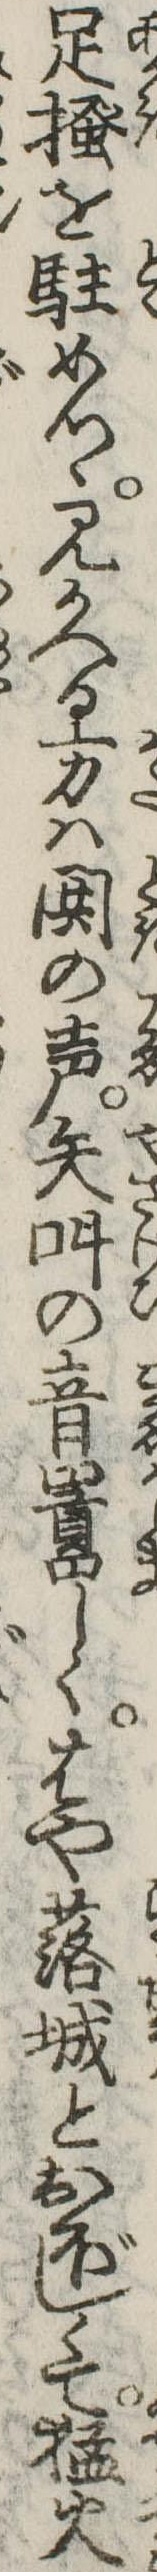
足掻を駐めつゝ見かへる方は鬨の声矢叫の音囂しくはや落城とおぼしくて猛火